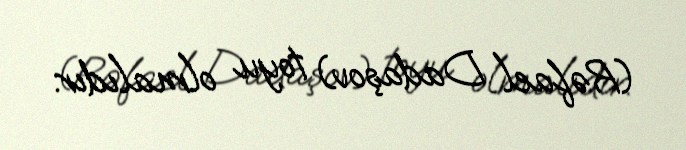
(Rəfael Dadaşov) toyu olmalıdır.